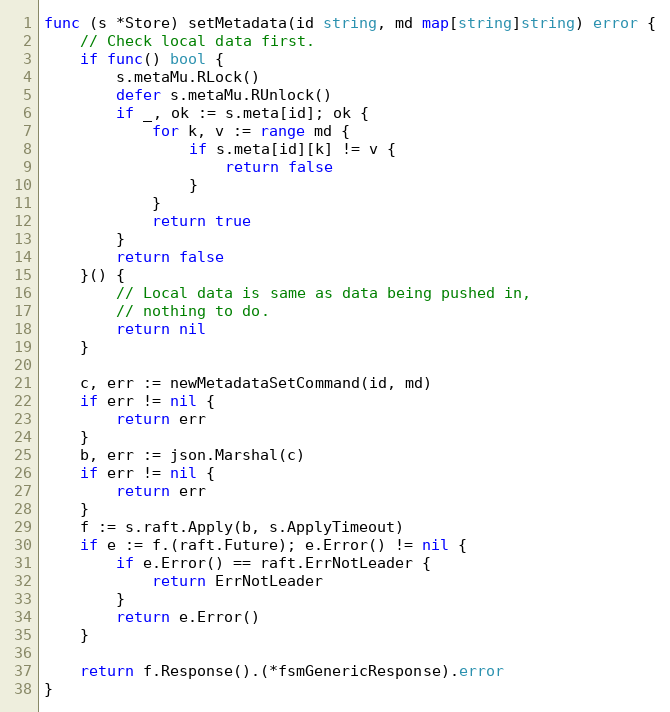
Language: Go
func (s *Store) setMetadata(id string, md map[string]string) error {
	// Check local data first.
	if func() bool {
		s.metaMu.RLock()
		defer s.metaMu.RUnlock()
		if _, ok := s.meta[id]; ok {
			for k, v := range md {
				if s.meta[id][k] != v {
					return false
				}
			}
			return true
		}
		return false
	}() {
		// Local data is same as data being pushed in,
		// nothing to do.
		return nil
	}

	c, err := newMetadataSetCommand(id, md)
	if err != nil {
		return err
	}
	b, err := json.Marshal(c)
	if err != nil {
		return err
	}
	f := s.raft.Apply(b, s.ApplyTimeout)
	if e := f.(raft.Future); e.Error() != nil {
		if e.Error() == raft.ErrNotLeader {
			return ErrNotLeader
		}
		return e.Error()
	}

	return f.Response().(*fsmGenericResponse).error
}